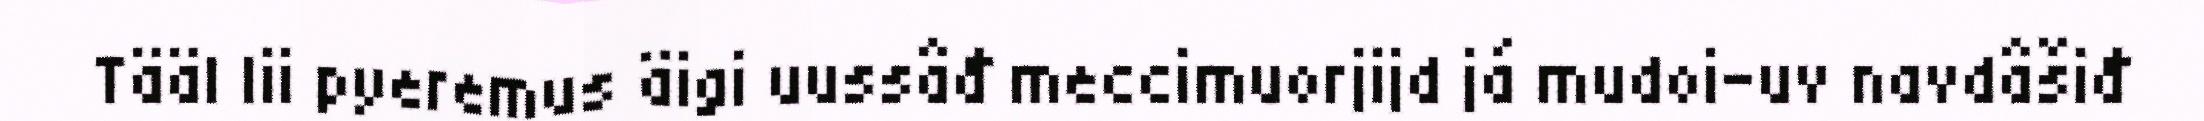
Tääl lii pyeremus äigi uussâđ meccimuorjijd já mudoi-uv navdâšiđ